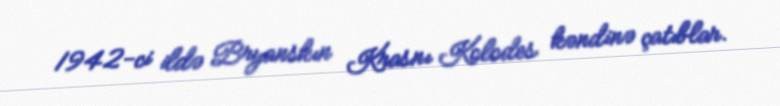
1942-ci ildə Bryanskın Krasnı Kolodes kəndinə çatıblar.